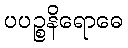
ပပဉ္စနိရောဓေ